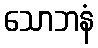
သောဘနံ